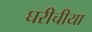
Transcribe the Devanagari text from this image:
घरीचीया